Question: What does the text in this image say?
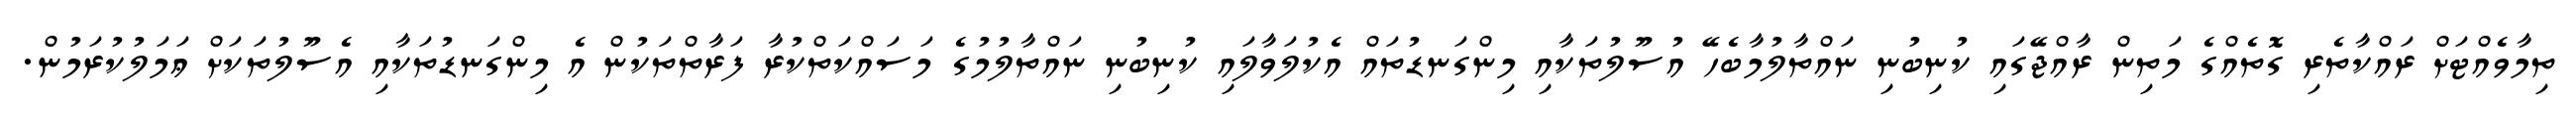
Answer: ތިމާވެއްޓަށް ރައްކާތެރި ގޮތެއްގެ މަތިން ރާއްޖޭގައި ކުނިބުނި ނައްތާލުމާބެހޭ އުސޫލުތަކާއި މިންގަނޑުތައް އެކުލަވާލައި ކުނިބުނި ނައްތާލުމުގެ މަސައްކަތްކުރާ ފަރާތްތަކުން އެ މިންގަނޑުތަކާއި އެސޫލުތަކަށް ޢަމަލުކުރަމުން.